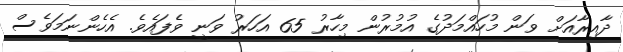
ދާއިރާއަށް ވަން މުހައްމަދުގެ އުމުރުން މިހާރު 65 އަހަރު ވަނީ ވެފައެވެ. އެހެންނަމަވެސް